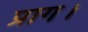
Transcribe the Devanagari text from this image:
प्राग।